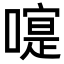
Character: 𠽰